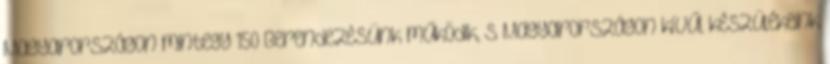
Magyarországon mintegy 150 Berendezésünk működik, s Magyarországon kívűl készülékeink